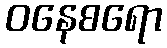
ဝနေစရော